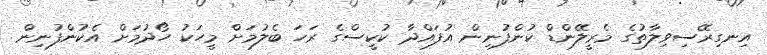
އިނގިރޭސިވިލާތުގެ މެރީލޭންޑް ކުންފުނިން އުފައްދާ ކުކީސްގެ ރަހަ ބެލުމަށް މީހަކު ހޯދުމަށް އެކުންފުނިން